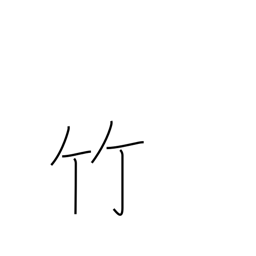
Meaning: bamboo